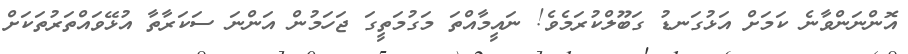
އޮންނަންވާނެ ކަމަށް އަޅުގަނޑު ގަބޫލްކުރަމެވެ! ނައީމާއްތަ މަގުމަތީގަ ޖަހަމުން އަންނަ ސަކަރާތާ އުޅޭވައްތަރުތަކަށް